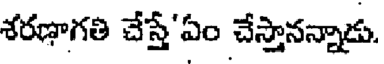
శరణాగతి చేస్తే'ఏం చేస్తానన్నాడు.